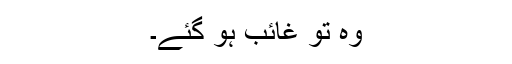
وہ تو غائب ہو گئے۔